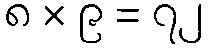
၈ × ၉ = ၇၂